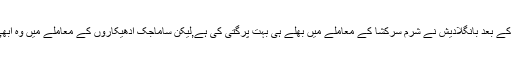
"رانا پلاجا کی درگھٹنا کے بعد بانگلادیش نے شرم سرکشا کے معاملے میں بھلے ہی بہت پرگتی کی ہے,لیکن ساماجک ادھیکاروں کے معاملے میں وہ ابھی بھی بہت پیچھے ہیں۔